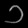
Digit: ၁